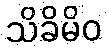
သိခိမိဝ